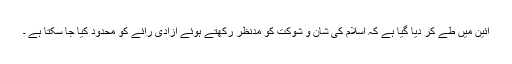
آئین میں طے کر دیا گیا ہے کہ اسلام کی شان و شوکت کو مدنظر رکھتے ہوئے آزادی رائے کو محدود کیا جا سکتا ہے ۔